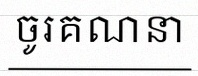
ចូរគណនា